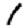
Digit: 1